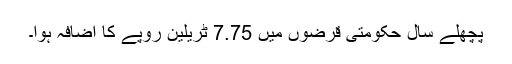
پچھلے سال حکومتی قرضوں میں 7.75 ٹریلین روپے کا اضافہ ہوا۔